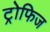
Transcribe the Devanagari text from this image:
ट्रोफिज